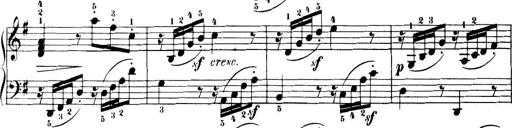
Title: 32 Sonatinas and Rondos for the Piano
Composer: Richard Kleinmichel